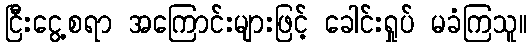
ငြီးငွေ့စရာ အကြောင်းများဖြင့် ခေါင်းရှုပ် မခံကြသူ။